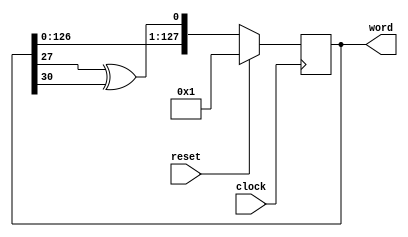
// written 2018-08-22 by mza
// idea stolen from http://fpgasrus.com/prbs.html
// last updated 2020-05-29 by mza

module prbs #(
	parameter WIDTH = 128,
	parameter TAP1 = 27,
	parameter TAP2 = 30
) (
	input clock,
	input reset,
	output reg [WIDTH-1:0] word = 0
);
	always @(posedge clock) begin
		if (reset) begin
			word <= 1;
		end else begin
			word <= { word[WIDTH-2:0], word[TAP1]^word[TAP2] };
		end
	end
endmodule // prbs